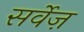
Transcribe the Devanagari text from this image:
सर्वेज़